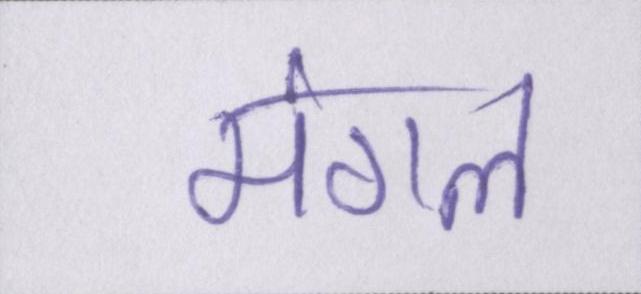
मंगल